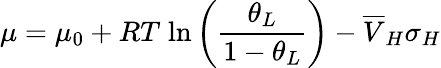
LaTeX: \mu=\mu_{0}+RT\; \mathrm{ln}\left(\frac{\theta_{L}}{1-\theta_{L}}\right)-\overline{{V}}_{H}\sigma_{H}